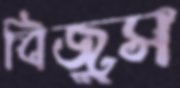
বিজুস